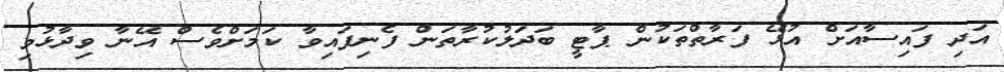
އަދި ފައިސާއަށް އުޅޭ ފަރާތްތަކުން ޕާޓީ ބަދަލުކުރާތަން ފެނިފައިވާ ކަމަށްވެސް އޭނާ ވިދާޅުވި